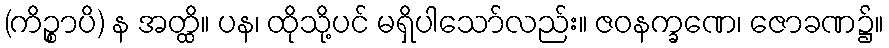
(ကိဉ္စာပိ) န အတ္ထိ။ ပန၊ ထိုသို့ပင် မရှိပါသော်လည်း။ ဇဝနက္ခဏေ၊ ဇောခဏ၌။